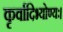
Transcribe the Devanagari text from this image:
कृर्वादिभ्योण्यः।